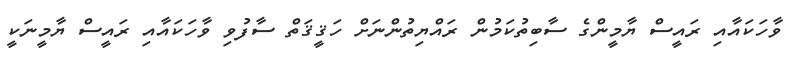
ވާހަކައާއި ރައީސް ޔާމީންގެ ސާބިތުކަމުން ރައްޔިތުންނަށް ހަޤީޤަތް ސާފުވި ވާހަކައާއި ރައީސް ޔާމީނަކީ